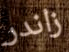
زاندر